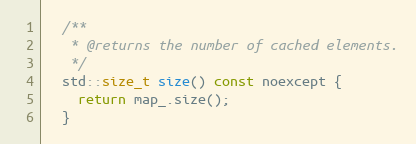
Language: C
  /**
   * @returns the number of cached elements.
   */
  std::size_t size() const noexcept {
    return map_.size();
  }